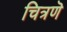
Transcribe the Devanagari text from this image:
चित्रणॆ